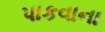
પાકવાના